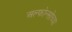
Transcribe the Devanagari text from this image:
अल्फोन्सोच्या